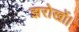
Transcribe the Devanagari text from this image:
झरोखों।